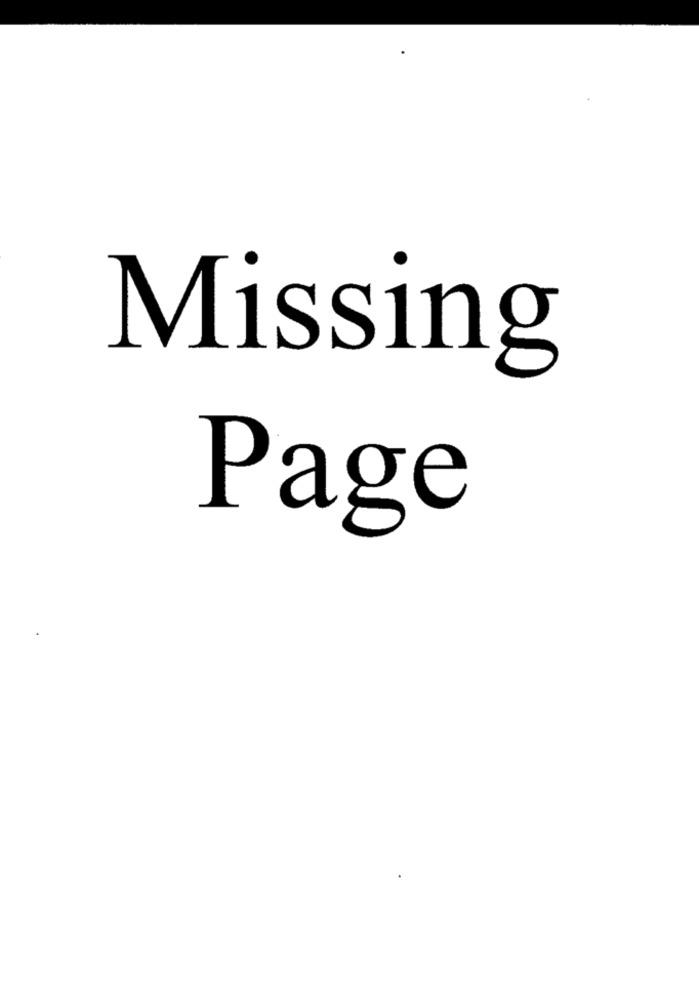
Missing
Page